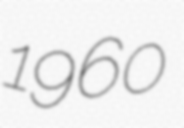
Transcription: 1960